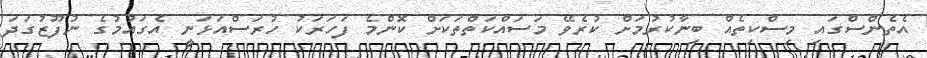
އެތެންސްގައި މިސްކިތެއް ބިނާކުރުމަށް ކުރެވޭ މަސައްކަތްތަކަށް ކޮންމެ ފަހަރަކު ހުރަސްއަޅަނީ އެގައުމުގެ ނުފޫޒުގަދަ